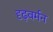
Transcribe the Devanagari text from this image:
दृढ़वर्मन